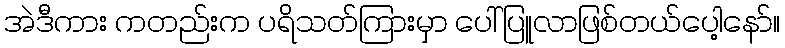
အဲဒီကား ကတည်းက ပရိသတ်ကြားမှာ ပေါ်ပြူလာဖြစ်တယ်ပေါ့နော်။